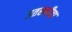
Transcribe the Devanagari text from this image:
उतरणीचा